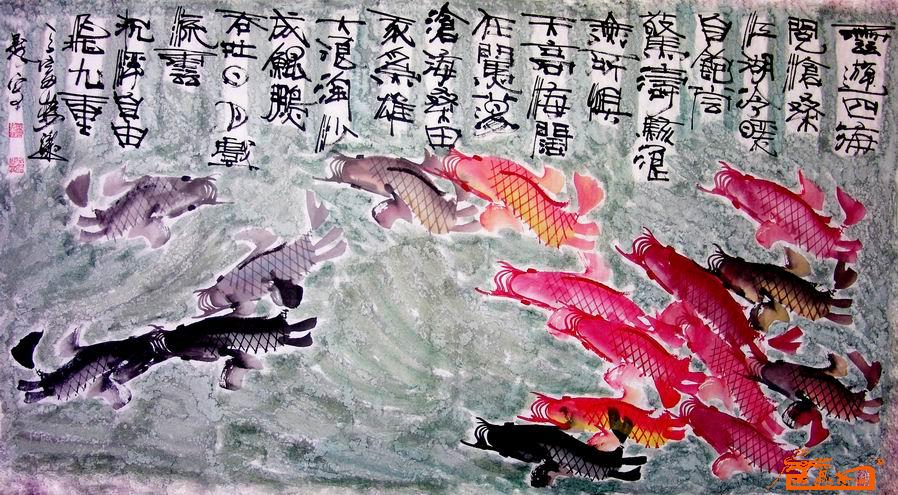
君王游乐万机轻，一曲霓裳四海兵。